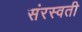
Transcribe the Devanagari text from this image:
संरस्वती